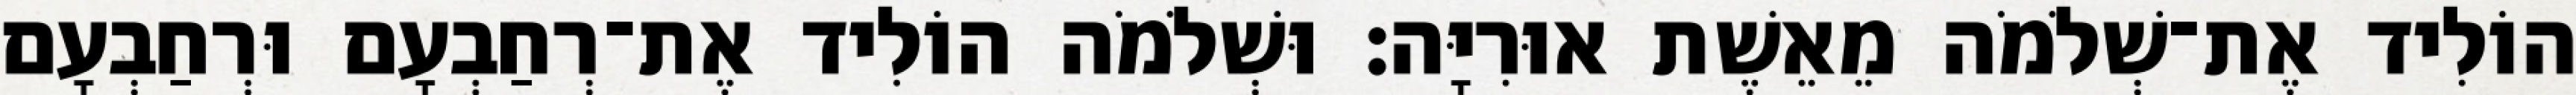
הוֹלִיד אֶת־שְׁלֹמֹה מֵאֵשֶׁת אוּרִיָּה׃ וּשְׁלֹמֹה הוֹלִיד אֶת־רְחַבְעָם וּרְחַבְעָם